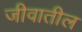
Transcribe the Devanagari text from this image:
जीवातील